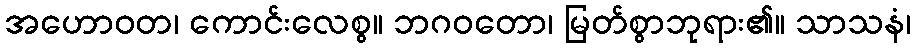
အဟောဝတ၊ ကောင်းလေစွ။ ဘဂဝတော၊ မြတ်စွာဘုရား၏။ သာသနံ၊